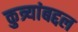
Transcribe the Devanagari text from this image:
कुत्र्यांबद्दल